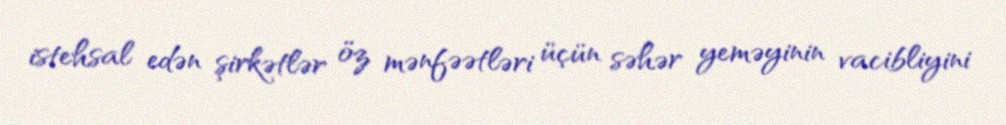
istehsal edən şirkətlər öz mənfəətləri üçün səhər yeməyinin vacibliyini